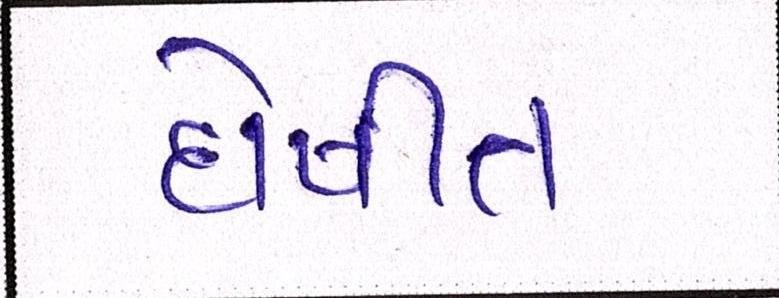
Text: દોષીત